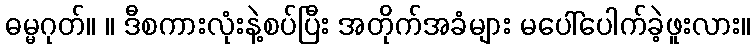
ဓမ္မဂုတ်။ ။ ဒီစကားလုံးနဲ့စပ်ပြီး အတိုက်အခံများ မပေါ်ပေါက်ခဲ့ဖူးလား။